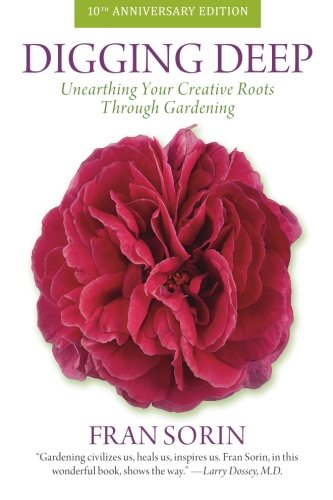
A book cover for Digging Deep: Unearthing Your Creative Roots Through Gardening; Fran Sorin; Crafts, Hobbies & Home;